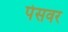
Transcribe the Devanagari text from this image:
पेसवर